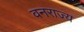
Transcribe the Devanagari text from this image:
वनराज्य